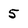
Character: 5